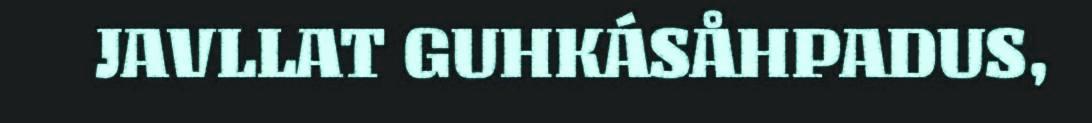
JAVLLAT GUHKÁSÅHPADUS,